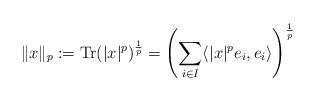
LaTeX: \begin{align*}\Vert x \Vert_p := {\rm Tr}( \vert x \vert^p )^{\frac{1}{p}} = \left( \sum_{i \in I} \langle \vert x \vert^p e_i, e_i \rangle \right)^{\frac{1}{p}}\end{align*}